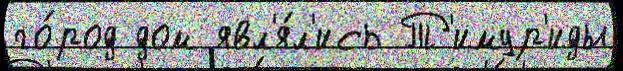
го́род дом явл'я́л'ись Т'имур'иды